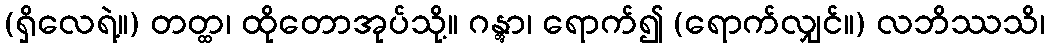
(ရှိလေရဲ့။) တတ္ထ၊ ထိုတောအုပ်သို့။ ဂန္တွာ၊ ရောက်၍ (ရောက်လျှင်။) လဘိဿသိ၊